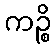
ကဉ္စိ